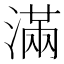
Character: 滿